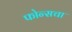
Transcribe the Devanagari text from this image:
फोन्सचा